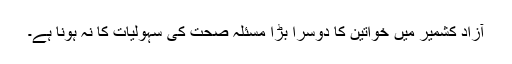
آزاد کشمیر میں خواتین کا دوسرا بڑا مسئلہ صحت کی سہولیات کا نہ ہونا ہے۔